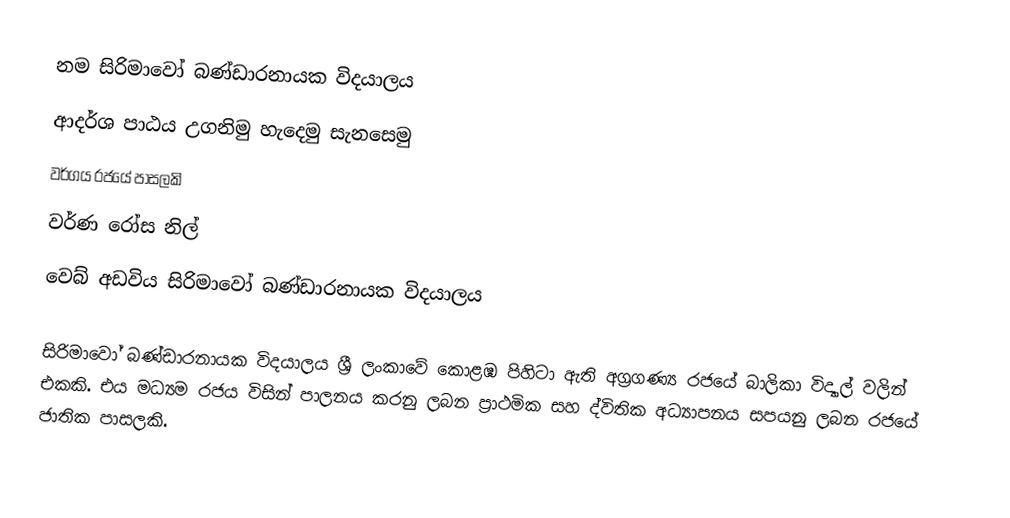
නම සිරිමාවෝ බණ්ඩාරනායක විදයාලය
ආදර්ශ පාඨය උගනිමු හැදෙමු සැනසෙමු
වර්ගය රජයේ පාසලකි
වර්ණ රෝස නිල්
වෙබ් අඩවිය   සිරිමාවෝ බණ්ඩාරනායක විදයාලය

සිරිමාවෝ බණ්ඩාරනායක විදයාලය ශ්‍රී ලංකාවේ කොළඹ පිහිටා ඇති අග්‍රගණ්‍ය රජයේ බාලිකා විද්‍යාල් වලින් එකකි. එය මධ්‍යම රජය විසින් පාලනය කරනු ලබන ප්‍රාථමික සහ ද්විතික අධ්‍යාපනය සපයනු ලබන රජයේ ජාතික පාසලකි.